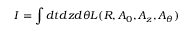
I = \int d t d z d \theta { \cal L } ( R , A _ { 0 } , A _ { z } , A _ { \theta } )